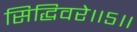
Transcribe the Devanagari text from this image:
सिद्धिवरे॥५॥